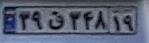
۳۹ق۳۴۸۱۹